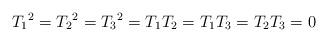
LaTeX: \begin{align*}{T_1}^2 = {T_2}^2 = {T_3}^2 = T_1 T_2 = T_1 T_3 = T_2 T_3 = 0\end{align*}